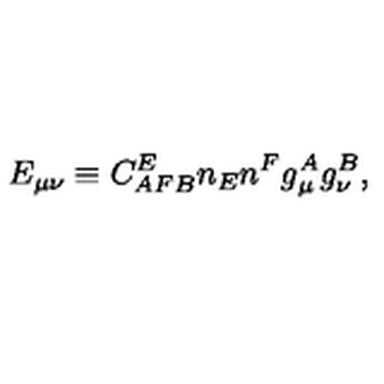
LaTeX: E _ { \mu \nu } \equiv C _ { A F B } ^ { E } n _ { E } n ^ { F } g _ { \mu } ^ { A } g _ { \nu } ^ { B } ,